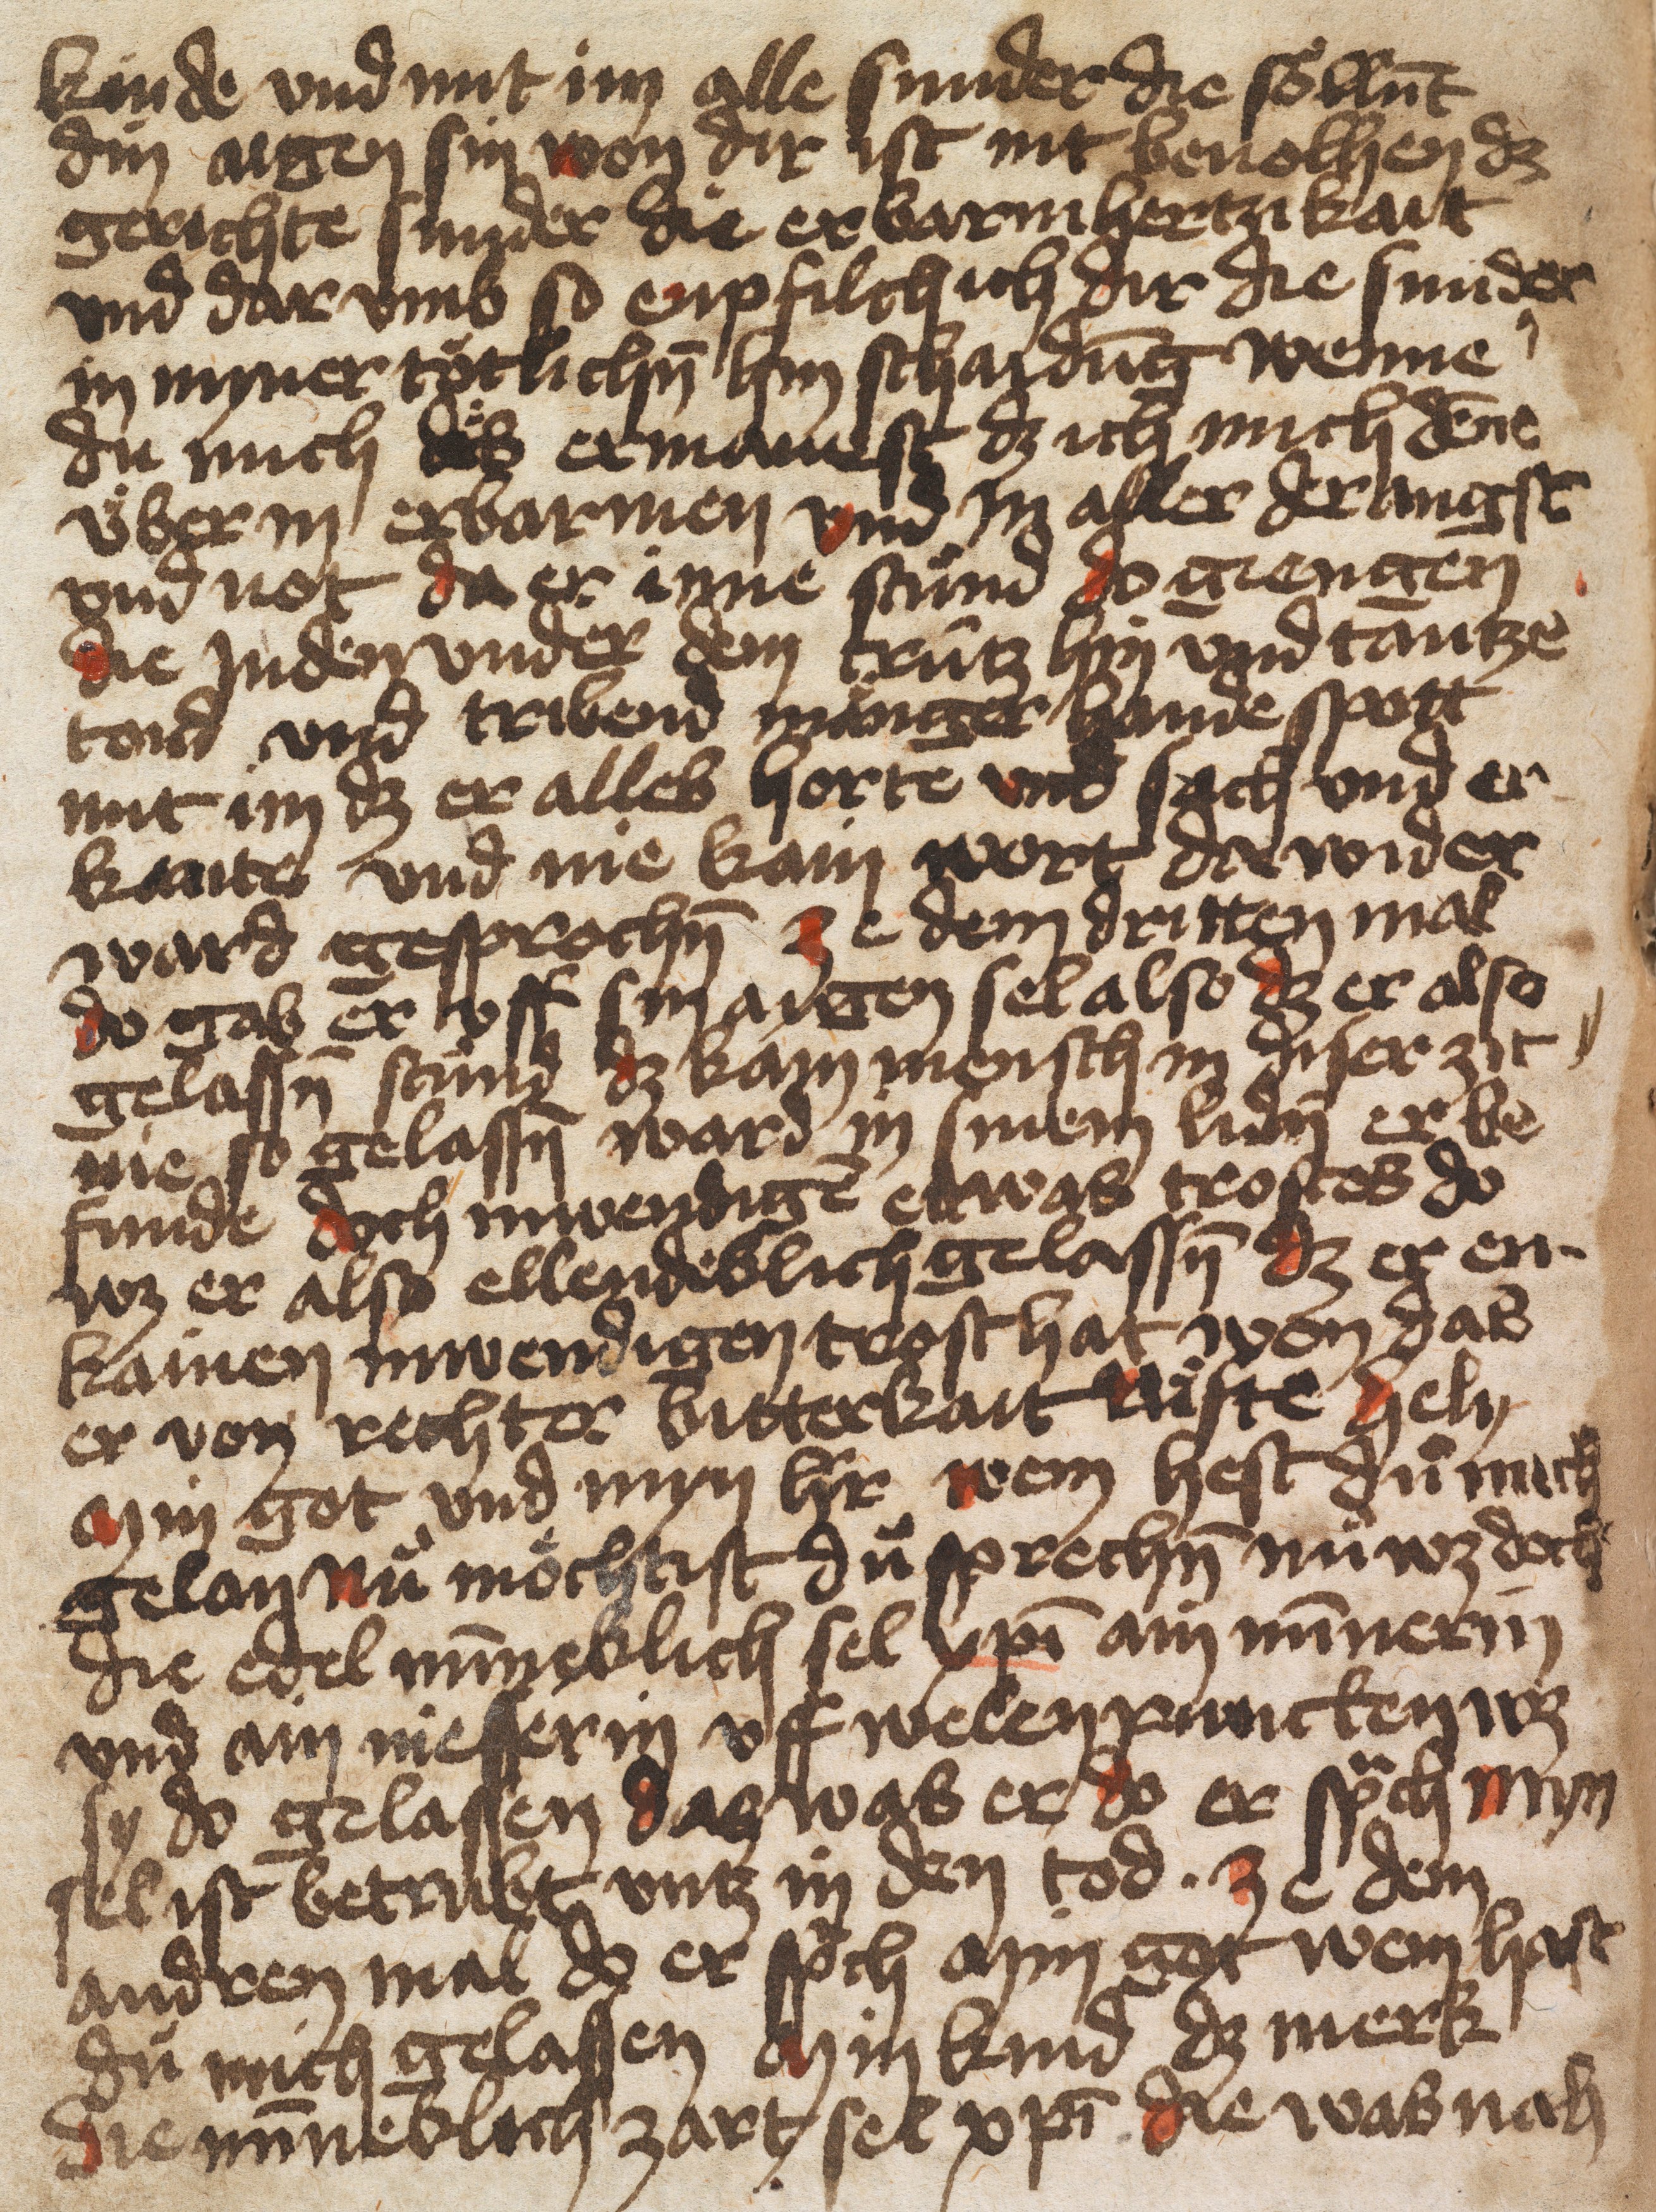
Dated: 1432–1436